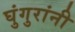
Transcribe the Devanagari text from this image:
घुंगुरांनी